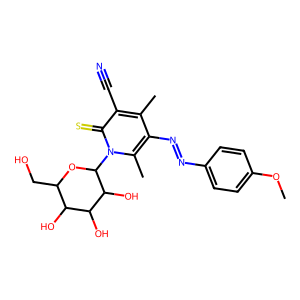
SMILES: COc1ccc(N=Nc2c(C)c(C#N)c(=S)n(C3OC(CO)C(O)C(O)C3O)c2C)cc1
Inhibits HIV replication: No